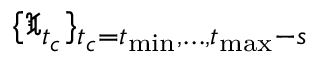
\{ \mathfrak { X } _ { t _ { c } } \} _ { t _ { c } = t _ { \operatorname* { m i n } } , \dots , t _ { \operatorname* { m a x } } - s }